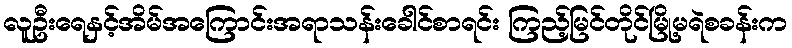
လူဦးရေနှင့်အိမ်အကြောင်းအရာသန်းခေါင်စာရင်း ကြည့်မြင်တိုင်မြို့မရဲစခန်းက